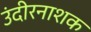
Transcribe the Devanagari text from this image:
उंदीरनाशक